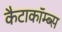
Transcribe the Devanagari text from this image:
कैटाकॉम्ब्स